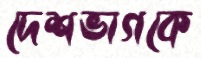
দেশভাগকে